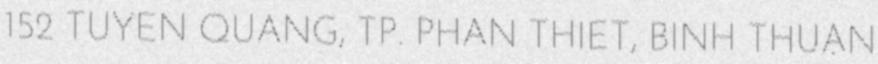
152 TUYÊN QUANG, TP. PHAN THIẾT, BÌNH THUẬN